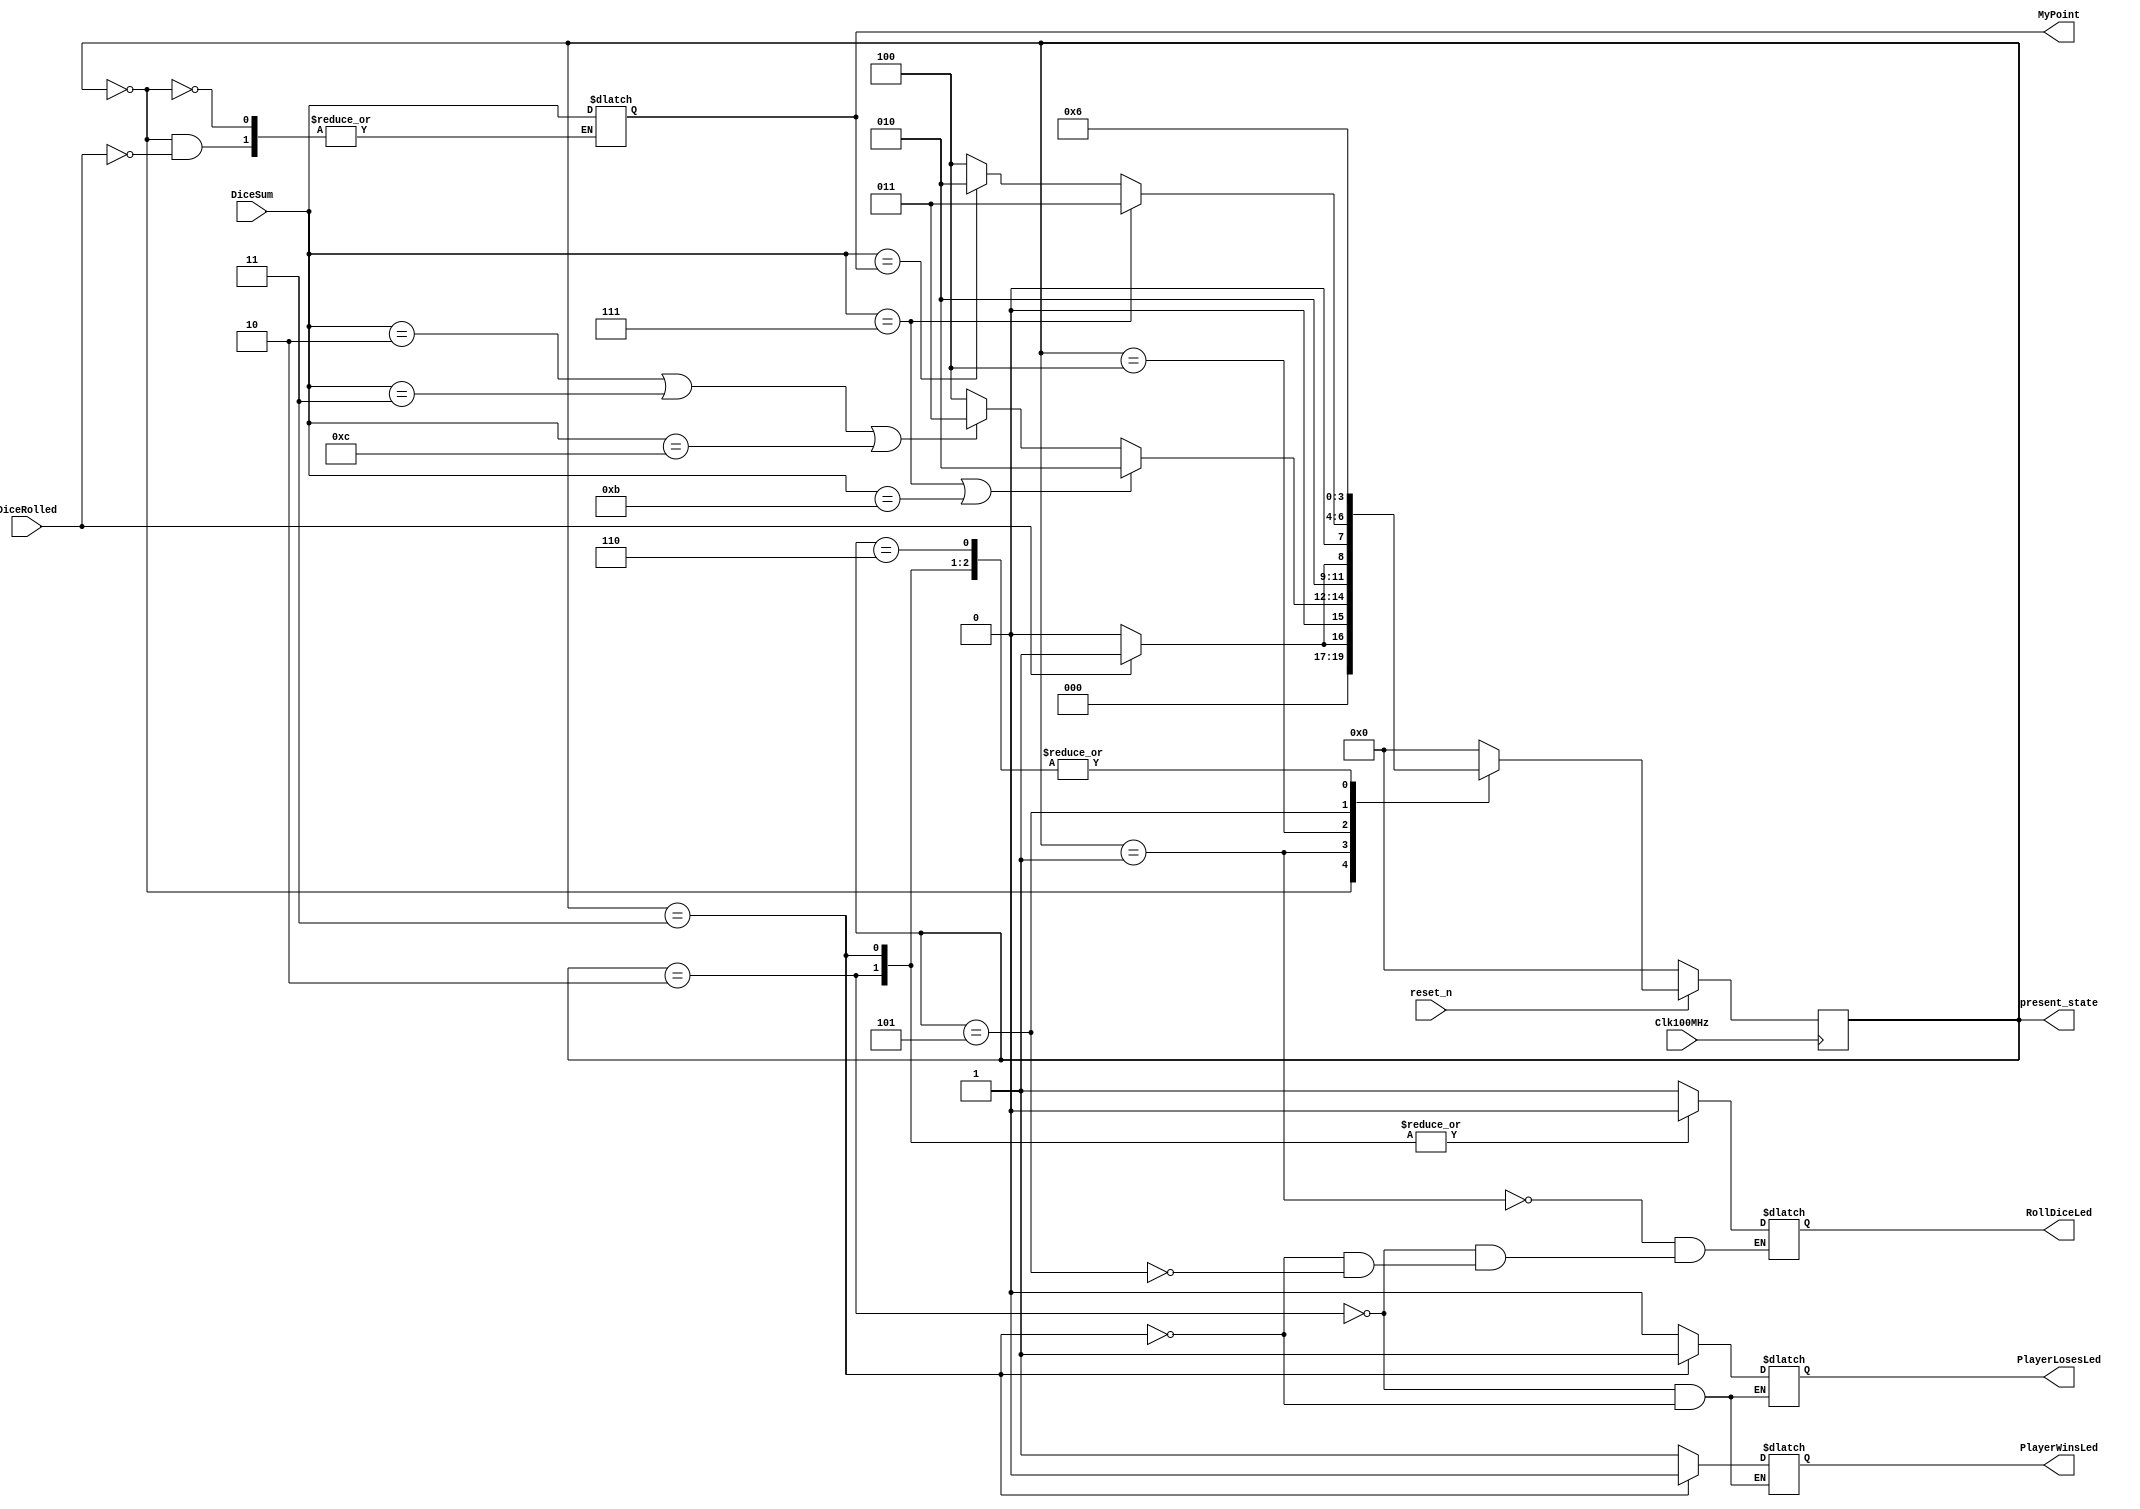
`timescale 1ns / 1ps
//////////////////////////////////////////////////////////////////////////////////
// Company: 
// Engineer: 
// 
// Design Name: 
// Module Name: fsm
// Project Name: 
// Target Devices: 
// Tool Versions: 
// Description: 
// 
// Dependencies: 
// 
// Revision:
// Revision 0.01 - File Created
// Additional Comments:
// 
//////////////////////////////////////////////////////////////////////////////////


 module fsm(Clk100MHz, reset_n,  DiceSum, present_state, DiceRolled,MyPoint, RollDiceLed, PlayerWinsLed, PlayerLosesLed);
    input Clk100MHz, reset_n, DiceRolled;
    input [3:0] DiceSum;
    output reg [3:0] present_state;
    output reg [3:0] MyPoint=0;
    output reg RollDiceLed=0, PlayerWinsLed=0, PlayerLosesLed=0;
    reg [3:0] next_state;
    parameter [2:0] START_ST=3'b000, DICEROLLED1_ST=3'b001, WON_ST =3'b010, 
                    LOSE_ST=3'b011, CONTINUE_ST=3'b100, DICEROLLED2_ST =3'b101, END_ST = 3'b110; 
    always @(DiceRolled, present_state) begin     
    
        case(present_state)
            START_ST: //////////////////////////////////////////////////////////
                        begin
                            if(DiceRolled) begin
                                next_state <= DICEROLLED1_ST;
                                MyPoint <= DiceSum;
                                            end
                            else
                                next_state <= START_ST; 
                        end
                            
            DICEROLLED1_ST:////////////////////////////////////////////////
                          begin RollDiceLed <= 1;
                              if(DiceSum == 7 | DiceSum == 11) 
                                next_state <= WON_ST;
                              else if( DiceSum == 2 | DiceSum ==3 | DiceSum == 12)
                                next_state <= LOSE_ST;
                              else begin
                                next_state <= CONTINUE_ST;
                                    end
                          end
            WON_ST: /////////////////////////////////////////////////////
                        begin next_state <= END_ST;
                            PlayerWinsLed <= 1;
                            PlayerLosesLed<= 0;
                            RollDiceLed <= 0;
                        end
                    
            LOSE_ST: //////////////////////////////////////////////
                        begin next_state <= END_ST;
                            PlayerWinsLed <= 0;
                            PlayerLosesLed <= 1;
                            RollDiceLed <=0;
                        end
                    
            CONTINUE_ST:///////////////////////////////////////////////// 
                        begin 
                            if(DiceRolled)
                                next_state <= DICEROLLED2_ST;
                            else
                                next_state <= CONTINUE_ST;
                        end       
            DICEROLLED2_ST: ////////////////////////////////////////////
                        begin
                            RollDiceLed <= 1;
                            if(DiceSum==7)
                                next_state <= LOSE_ST;
                            else if(DiceSum == MyPoint)
                                next_state <= WON_ST;
                            else begin 
                              next_state <= CONTINUE_ST;
                            end    
                        end
            END_ST: ////////////////////////////////////////////////
                        begin 
                            next_state <= END_ST;
                
                        end                     
         /////////////////////////////////////////////////////
            default: next_state <= START_ST;                                                                                                                                                                     
        
        endcase                    
    end
    
    always @(posedge Clk100MHz)
        if(!reset_n) begin
            present_state <= START_ST;
            //MyPoint <= 0;
            //RollDiceLed <= 0;
            //PlayerWinsLed <= 0;
            //PlayerLosesLed <= 0;
            end
        else
            present_state <= next_state;
                                                                                               
endmodule